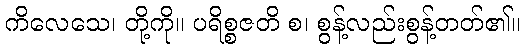
ကိလေသေ၊ တို့ကို။ ပရိစ္စဇတိ စ၊ စွန့်လည်းစွန့်တတ်၏။